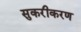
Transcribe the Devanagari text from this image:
सुकरीकरण